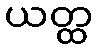
ယတ္ထ